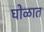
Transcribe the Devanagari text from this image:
घोळात